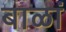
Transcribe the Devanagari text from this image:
बाळां